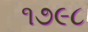
૧૭૯૮